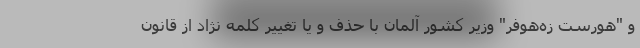
و "هورست زه‌هوفر" وزیر کشور آلمان با حذف و یا تغییر کلمه نژاد از قانون